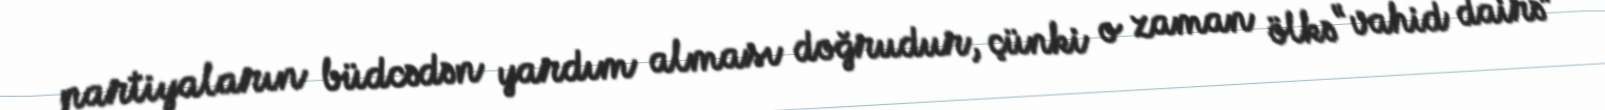
partiyaların büdcədən yardım alması doğrudur, çünki o zaman ölkə “vahid dairə”